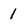
Character: 1